Annual statistical returns and brief notes on vaccination in Bengal - 1887-1898
Year: 1887
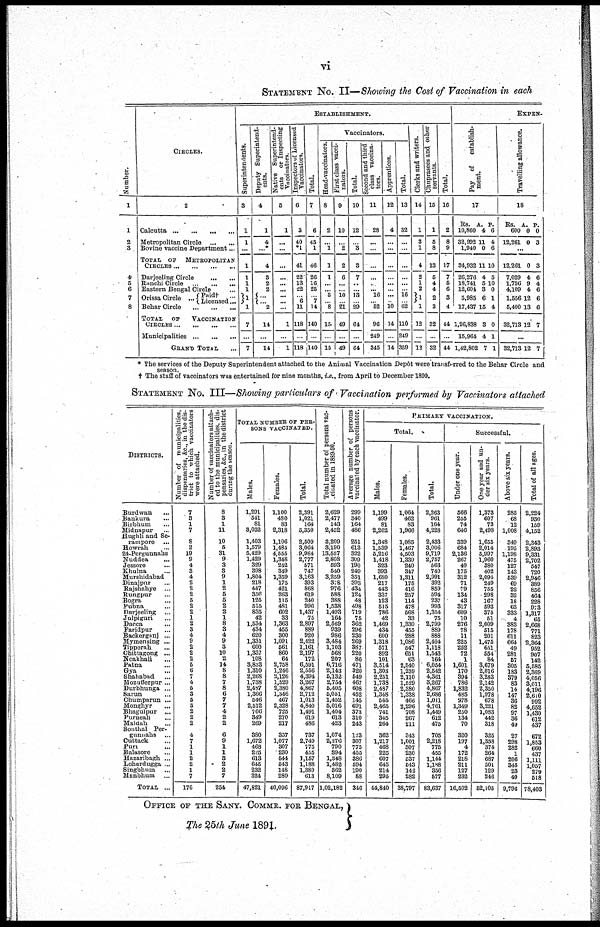
vi
STATEMENT No. II—Showing the Cost of Vaccination in each
Number.
1
1
2
3
4
5
6
7
8
CIRCLES.
2
Calcutta
...
...
...
...
Metropolitan Circle
...
...
Bovine vaccine Department ...
TOTAL OF METROPOLITAN
CIRCLES ... ... ... ...
Darjeeling Circle ... ...
Ranchi Circle
...
...
...
Eastern Bengal Circle ...
Orissa Circle ... Paid† ...
Licensed ...
Behar Circle
...
...
...
TOTAL
OF
VACCINATION
CIRCLES
...
...
...
...
Municipalities ... ... ...
GRAND TOTAL ...
ESTABLISHMENT.
Superintendents.
3
1
1
...
1
1
1
1
1
1
7
...
7
Deputy Superintend-
ents.
4
1
4
...*
4
3
2
2
...
... 2
14
...
14
Native Superintend-
ents
or Inspecting
Vaccinators.
5
1
...
...
...
...
...
...
...
...
...
1
...
1
Inspectors of Licensed
Vaccinators.
6
3
40
*1
41
22
13
22
... 6
11
118
...
118
Total.
7
6
45
1
46
26
16
25
... 7
14
140
...
140
Vaccinators.
Head-vaccinators.
8
2
...
1
1
1
...
... 3
... 8
15
...
15
First class vacci-
nators.
9
10
...
2
2
6
...
... 10
... 21
49
...
49
Total.
10
12
...
3
3
7
...
...
13
... 29
64
...
64
Second and third
class vaccina-
tors.
11
28
...
...
...
...
...
... 16
... 52
96
249
345
Apprentices.
12
4
...
...
...
...
...
...
...
...
10
14
...
14
Total.
13
32
...
...
...
...
...
... 16
... 62
110
249
359
Clerks and writers.
14
1
3
1
4
2
1
2
1
1
12
...
12
Chuprasees and other
servants.
15
1
5
8
13
5
4
4
2
3
32
...
32
Total.
16
2
8
9
17
7
5
6
3
4
44
...
44
EXPEN-
Pay
of
establish-
ment.
17
Rs.
10,860
32,992
1,940
34,932
26,276
18,741
12,601
5,985
17,437
1,26,838
15,964
1,42,802
A.
4
11
0
11
4
5
3
6
15
3
4
7
P.
6
4
6
10
5
10
0
1
4
0
1
1
Travelling allowance.
18
Rs.
600
12,261
A.
0
0
P.
0
3
...
12,261
7,029
1,756
4,109
1,556
5,400
32,713
0
4
9
4
12
13
12
3
6
4
6
6
6
7
...
32,713 12 7
* The services of the Deputy Superintendent attached to the Animal Vaccination Depôt were transferred to the Behar Circle and
season.
† The staff of vaccinators was entertained for nine months, i.e., from April to December 1890.
STATEMENT No. III—Showing particulars of Vaccination performed by Vaccinators attached
DISTRICTS.
Burdwan ...
Bankura ...
Birbhum ...
Midnapur ...
Hughli and Se¬
rampore ...
Howrah ...
24-Pergunnahs
Nuddea ...
Jessore ...
Khulna ...
Murshidabad
Dinajpur ...
Rajshahye
...
Rungpur ...
Bogra ...
Pubna ...
Darjeeling ...
Julpiguri ...
Dacca ...
Faridpur ...
Backerganj ...
Mymensing ...
Tipperah ...
Chittagong ...
Noakhali ...
Patna ...
Gya ...
Shahabad ...
Mozufferpur ...
Durbhunga ...
Sarun ...
Chumparun ...
Monghyr ...
Bhagulpur ...
Purneah ...
Maldah ...
Sonthal Per¬
gunnahs ...
Cuttack ...
Puri ...
Balasore ...
Hazaribagh ...
Lohordugga ...
Singbhum ...
Manbhum
...
TOTAL ...
Number of municipalities,
dispensaries, &c, in the dis-
trict to which vaccinators
were attached.
7
3
1
7
8
2
19
9
4
3
4
2
2
2
5
2
2
1
2
3
4
9
2
2
2
6
6
7
4
5
3
5
3
2
2
2
4
7
1
1
2
2
1
7
176
Number of vaccinators attach-
ed to the municipalities, dis¬
pensaries, &c, in the district
during the season.
8
3
1
11
10
5
31
9
3
3
9
1
2
5
5
2
2
1
8
3
4
9
3
10
2
14
8
8
7
8
6
7
7
4
2
2
6
9
1
1
3
2
2
7
254
TOTAL NUMBER OF PER-
---- VACCINATED.
Males.
1,291
541
81
3,032
1,403
1,579
5,429
1,429
329
398
1,804
218
447
356
125
515
835
42
1,534
434
620
1,331
600
1,337
108
3,833
1,310
2,268
1,738
2,487
1,366
546
2,512
766
349
269
380
1,672
468
225
613
645
232
324
47,821
Females.
1,100
480
83
2,318
1,106
1,485
4,555
1,348
242
349
1,359
175
421
263
115
481
602
33
1,363
455
300
1,091
561
860
64
2,758
1,246
2,126
1,529
2,380
1,346
467
2,328
725
270
217
357
1,077
307
230
544
543
148
289
40,096
Total.
2,391
1,021
164
5,350
2,509
3,064
9,984
2,777
571
747
3,163
393
868
619
240
996
1,437
75
2,897
889
920
2,422
1,161
2,197
172
6,591
2,556
4,394
3,267
4,867
2,712
1,013
4,840
1,491
619
486
737
2,749
775
455
1,157
1,188
1,380
613
87,917
Total number of persons vac¬
cinated in 1889-90.
2,629
2,477
143
2,452
3,209
3,190
13,557
2,808
593
540
3,259
378
976
588
388
1,538
1,493
164
2,569
939
986
3,484
1,103
568
207
6,716
2,143
5,132
2,754
5,405
5,051
1,452
5,016
1,404
613
423
1,074
2,276
790
394
1,348
1,482
362
8,109
1,02,182
Average number of persons
vaccinated by each vaccinator.
299
340
164
486
251
613
322
309
190
249
351
393
434
124
48
498
719
75
362
296
230
269
387
220
86
471
320
549
467
608
452
145
691
373
310
243
123
307
775
455
886
594
190
88
346
PRIMARY VACCINATION.
Total.
Males.
1,199
499
81
2,262
1,348
1,539
5,216
1,418
323
393
1,680
217
443
337
123
515
786
42
1,469
434
600
1,318
571
892
101
3,514
1,303
2,251
1,738
2,487
1,348
545
2,465
741
345
264
362
1,217
468
225
607
645
214
295
44,840
Females.
1,064
462
83
1,966
1,085
1,467
4,503
1,339
240
347
1,311
175
416
257
114
478
568
33
1,330
455
288
1,086
547
651
63
2,540
1,239
2,110
1,529
2,380
1,338
466
2,296
708
267
211
343
1,001
307
230
537
543
142
282
38,797
Total.
2,263
961
164
4,228
2,433
3,006
9,719
2,757
563
740
2,991
392
859
594
237
993
1,354
75
2,799
889
888
2,404
1,118
1,543
164
6,054
2,542
4,361
3,267
4,867
2,686
1,011
4,761
1,449
612
475
705
2,218
775
455
1,144
1,188
356
577
83,637
Successful.
Under one year.
566
255
74
646
339
684
2,136
267
40
175
312
71
79
134
43
317
609
10
276
78
11
225
252
72
1
1,601
170
394
786
1,832
485
278
1,349
250
134
70
320
197
4
172
218
211
127
232
16,502
One year and un-
der six years.
1,373
607
73
2,498
1,655
2,014
5,997
1,960
380
402
2,095
249
755
298
167
593
375
51
2,009
515
201
1,475
651
554
84
3,679
2,016
3,283
2,142
2,350
1,978
678
3,221
1,083
442
318
325
1,358
374
264
687
501
129
246
52,105
Above six years.
285
68
12
1,008
349
195
1,198
475
127
143
539
69
22
32
18
63
333
4
383
178
611
664
49
281
57
305
183
379
83
14
147
36
82
97
36
43
27
298
282
1
206
345
23
40
9,796
Total of all ages.
2,224
930
159
4,152
2,343
2,893
9,331
2,702
547
720
2,946
389
856
464
228
973
1,317
65
2,668
771
823
2,364
952
907
142
5,585
2,369
4,056
3,011
4,196
2,610
992
4,652
1,430
612
437
672
1,853
660
437
1,111
1,057
279
518
78,403
OFFICE OF THE SANY. COMMR. FOR BENGAL,
The 25th June 1891.